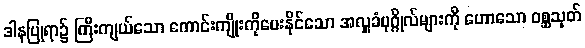
ဒါနပြုရာ၌ ကြီးကျယ်သော ကောင်းကျိုးကိုပေးနိုင်သော အလှူခံပုဂ္ဂိုလ်များကို ဟောသော ဝစ္ဆသုတ်